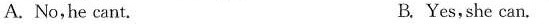
A. No,he cant. B. Yes,she can.